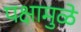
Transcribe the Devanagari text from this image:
पक्षामुळे